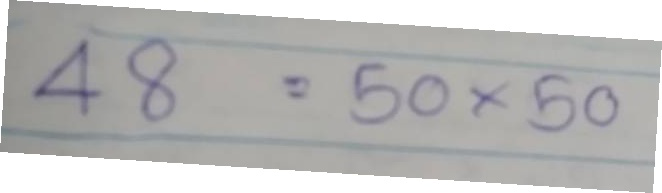
48 = 50x50